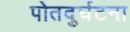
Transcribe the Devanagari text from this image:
पोतदुर्घटना